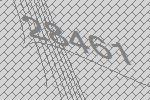
28461